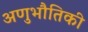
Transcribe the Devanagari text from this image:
अणुभौतिकी